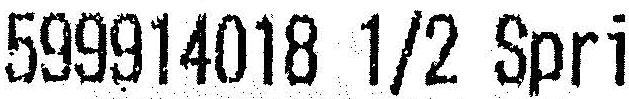
599914018 1/2 SPRI